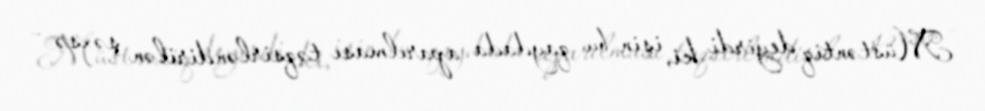
Müstəntiq deyirdi ki, işin bu qaydada aparılması təqsirləndirilən şəxsə -